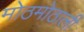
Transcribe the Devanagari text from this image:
मोठमोठाली